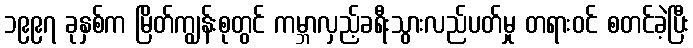
၁၉၉၇ ခုနှစ်က မြိတ်ကျွန်းစုတွင် ကမ္ဘာလှည့်ခရီးသွားလည်ပတ်မှု တရားဝင် စတင်ခဲ့ပြီး